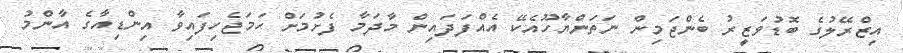
އިޒްރޭލުގެ ބޮޑުވަޒީރު ބެންޖަމިން ނަތަންޔާހޫއެކޭ އެއްފަދައިން މާދަމާ ފެށުމަށް ހަމަޖެހިފައިވާ އިންޑިއާގެ އާންމު